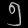
Digit: ၅